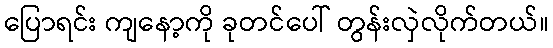
ပြောရင်း ကျနော့ကို ခုတင်ပေါ် တွန်းလှဲလိုက်တယ်။